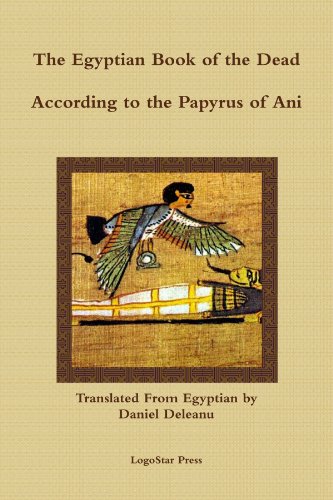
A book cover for The Egyptian Book Of The Dead: A New Translation By Daniel Deleanu; The Papyrus Of Ani; Religion & Spirituality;